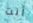
أنت